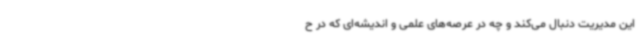
این مدیریت دنبال می‌کند و چه در عرصه‌های علمی و اندیشه‌ای که در ح